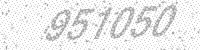
Solution: 951050